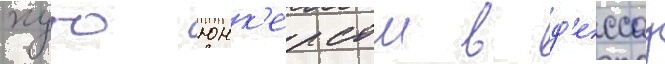
хуго юнк'ерсом в д'ессау